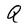
Character: Q